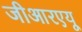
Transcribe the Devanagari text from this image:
जीआरएयू